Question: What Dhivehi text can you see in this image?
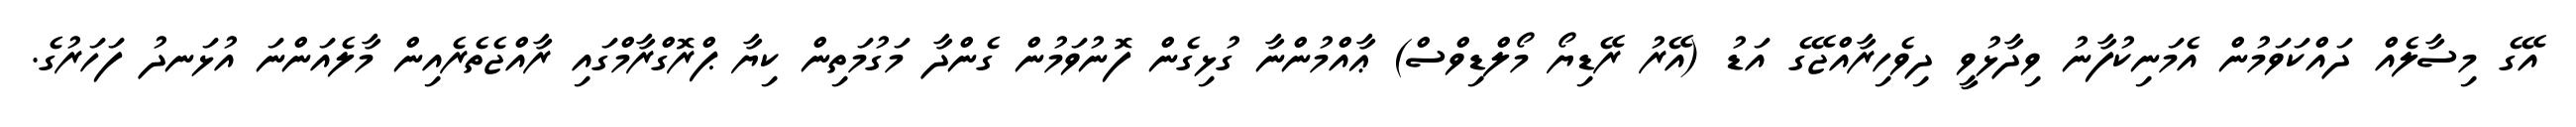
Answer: އޭގެ މިސާލެއް ދައްކަވަމުން އެމަނިކުފާނު ވިދާޅުވީ ދިވެހިރާއްޖޭގެ އަޑު (އޭރު ރޭޑިޔޯ މޯލްޑިވްސް) ޢާއްމުންނާ ގުޅިގެން ފޮނުވަމުން ގެންދާ މަގުމަތިން ކިޔާ ޕްރޮގްރާމްގައި ރާއްޖެތެރެއިން މާލެއަންނަ އުޅަނދު ފަހަރުގެ.